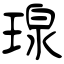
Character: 瑔